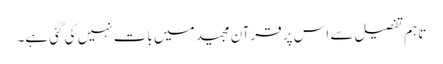
تاہم تفصیل سے اس پر قرآن مجید میں بات نہیں کی گئی ہے۔